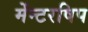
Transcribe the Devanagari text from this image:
मेंन्टरषिप